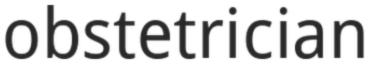
obstetrician